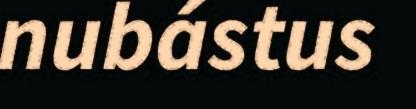
nubástus